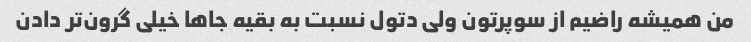
من همیشه راضیم از سوپرتون ولی‌ دتول نسبت به بقیه جاها خیلی گرون‌تر دادن